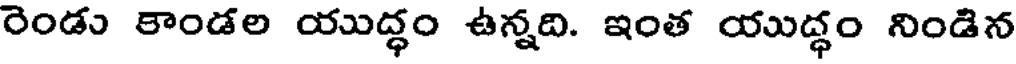
రెండు కాండల యుద్ధం ఉన్నది. ఇంత యుద్ధం నిండిన